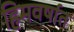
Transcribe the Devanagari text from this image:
हिमवर्षात